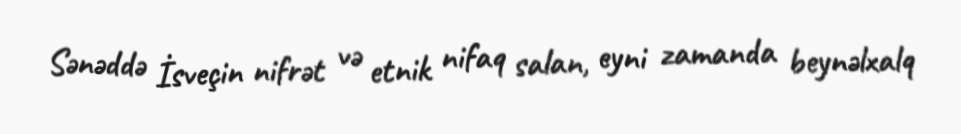
Sənəddə İsveçin nifrət və etnik nifaq salan, eyni zamanda beynəlxalq